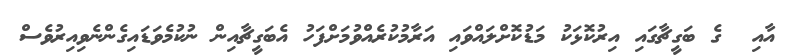
އާއި  ގެ ބަގީޗާގައި އިރުކޮޅަކު މަޑުކޮށްލައްވައި އަރާމުކުރެއްވުމަށްފަހު އެބަގީޗާއިން ނުކުމެވަޑައިގެންނެވިއިރުވެސް